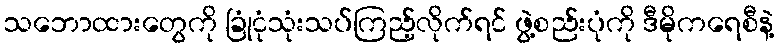
သဘောထားတွေကို ခြုံငုံသုံးသပ်ကြည့်လိုက်ရင် ဖွဲ့စည်းပုံကို ဒီမိုကရေစီနဲ့